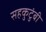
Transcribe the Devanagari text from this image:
सहकुटुंबी